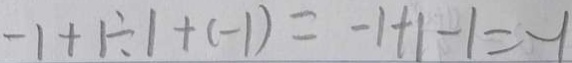
- 1 + 1 \div 1 + ( - 1 ) = - 1 + 1 - 1 = - 1